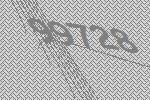
99728